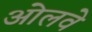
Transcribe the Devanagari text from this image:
ओलवे